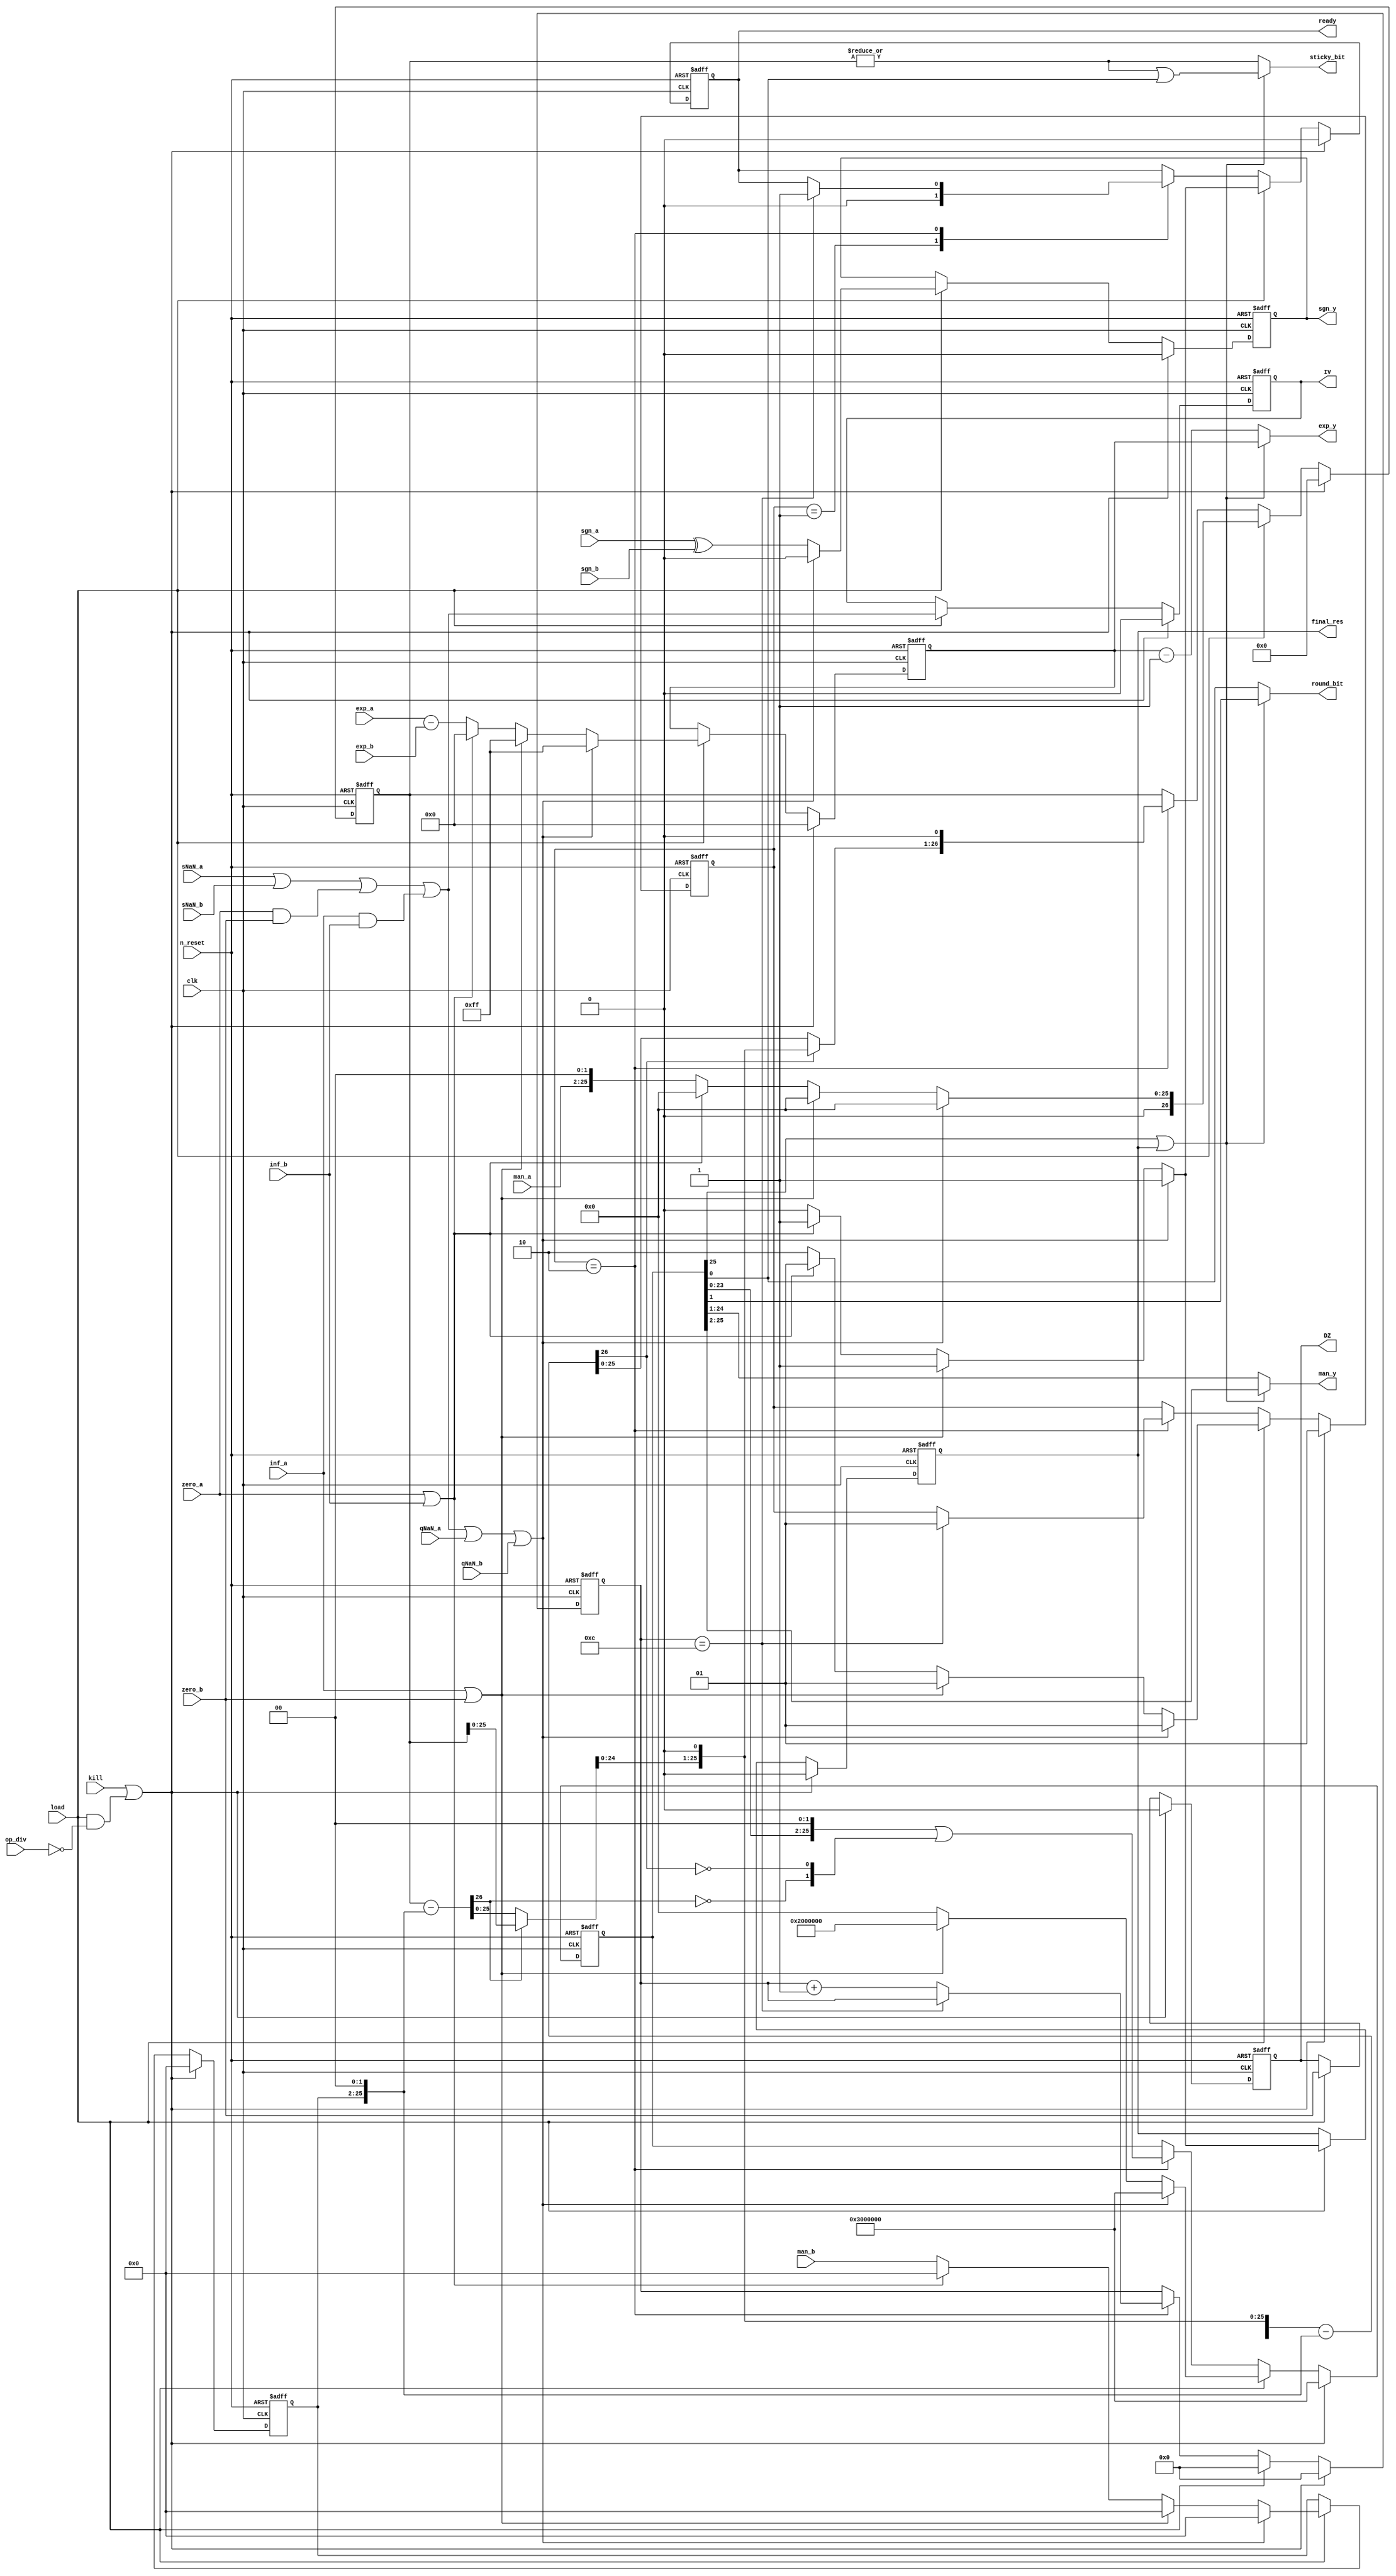
module airi5c_float_divider
(
    input               clk,
    input               n_reset,
    input               kill,
    input               load,

    input               op_div,

    input       [23:0]  man_a,
    input       [9:0]   exp_a,
    input               sgn_a,
    input               zero_a,
    input               inf_a,
    input               sNaN_a,
    input               qNaN_a,

    input       [23:0]  man_b,
    input       [9:0]   exp_b,
    input               sgn_b,
    input               zero_b,
    input               inf_b,
    input               sNaN_b,
    input               qNaN_b,

    output  reg [23:0]  man_y,
    output  reg [9:0]   exp_y,
    output  reg         sgn_y,

    output  reg         round_bit,
    output  reg         sticky_bit,

    output  reg         IV,
    output  reg         DZ,

    output  reg         final_res,
    output  reg         ready
);

    reg     [23:0]  reg_man_b;
    reg     [25:0]  reg_res;
    reg     [26:0]  reg_rem;
    reg     [9:0]   reg_exp_y;
    reg             reg_sgn_y;
    reg     [3:0]   counter;

    wire            IV_int;

    reg     [26:0]  acc [2:0];
    reg     [1:0]   q;
    integer         i;

    reg     [1:0]   state;

    localparam      IDLE    = 2'b01,
                    CALC    = 2'b10;

    assign          IV_int  = sNaN_a || sNaN_b || (zero_a && zero_b) || (inf_a && inf_b);

    always @(*) begin
        if (reg_res[25] || final_res) begin
            sgn_y       = reg_sgn_y;
            exp_y       = reg_exp_y;
            man_y       = reg_res[25:2];
            round_bit   = reg_res[1];
            sticky_bit  = |reg_rem || reg_res[0];
        end

        else begin
            sgn_y       = reg_sgn_y;
            exp_y       = reg_exp_y - 10'd1;
            man_y       = reg_res[24:1];
            round_bit   = reg_res[0];
            sticky_bit  = |reg_rem;
        end
    end

    always @(posedge clk, negedge n_reset) begin
        if (!n_reset) begin
            reg_man_b   <= 24'h000000;
            reg_res     <= {24'hc00000, 2'b00};
            reg_rem     <= 27'h0000000;
            reg_exp_y   <= 10'h000;
            reg_sgn_y   <= 1'b0;
            IV          <= 1'b0;
            DZ          <= 1'b0;
            counter     <= 4'd0;
            final_res   <= 1'b0;
            state       <= IDLE;
            ready       <= 1'b0;
        end
        
        else if (kill || (load && !op_div)) begin
            reg_man_b   <= 24'h000000;
            reg_res     <= {24'hc00000, 2'b00};
            reg_rem     <= 27'h0000000;
            reg_exp_y   <= 10'h000;
            reg_sgn_y   <= 1'b0;
            IV          <= 1'b0;
            DZ          <= 1'b0;
            counter     <= 4'd0;
            final_res   <= 1'b0;
            state       <= IDLE;
            ready       <= 1'b0;
        end

        else if (load) begin
            IV          <= IV_int;
            DZ          <= zero_b;
            counter     <= 4'd0;
            // NaN
            if (IV_int || qNaN_a || qNaN_b) begin
                reg_man_b   <= 24'h000000;
                reg_res     <= {24'hc00000, 2'b00};
                reg_rem     <= 27'h0000000;
                reg_exp_y   <= 10'h0ff;
                reg_sgn_y   <= 1'b0;
                final_res   <= 1'b1;
                state       <= IDLE;
                ready       <= 1'b1;
            end
            // inf
            else if (inf_a || zero_b) begin
                reg_man_b   <= 24'h000000;
                reg_res     <= {24'h800000, 2'b00};
                reg_rem     <= 27'h0000000;
                reg_exp_y   <= 10'h0ff;
                reg_sgn_y   <= sgn_a ^ sgn_b;
                final_res   <= 1'b1;
                state       <= IDLE;
                ready       <= 1'b1;
            end
            // zero
            else if (zero_a || inf_b) begin
                reg_man_b   <= 24'h000000;
                reg_res     <= {24'h000000, 2'b00};
                reg_rem     <= 27'h0000000;
                reg_exp_y   <= 10'h000;
                reg_sgn_y   <= sgn_a ^ sgn_b;
                final_res   <= 1'b1;
                state       <= IDLE;
                ready       <= 1'b1;
            end

            else begin
                reg_man_b   <= man_b;
                reg_res     <= 26'd0;
                reg_rem     <= {1'b0, man_a, 2'b00};
                reg_exp_y   <= exp_a - exp_b;
                reg_sgn_y   <= sgn_a ^ sgn_b;
                final_res   <= 1'b0;
                state       <= CALC;
                ready       <= 1'b0;
            end
        end

        else case (state)
            IDLE:   ready   <= 1'b0;

            CALC:   begin
                        reg_res     <= (reg_res << 2) | q;
                        reg_rem     <= acc[2];

                        if (counter == 4'd12) begin
                            state   <= IDLE;
                            ready   <= 1'b1;
                        end

                        else
                            counter <= counter + 4'd1;
                    end
        endcase
    end

    always @(*) begin
        acc[0]  = reg_rem;

        for (i = 1; i <= 2; i = i+1) begin
            acc[i]  = acc[i-1] - {1'b0, reg_man_b, 2'b00};
            q[2-i]  = !acc[i][26];
            acc[i]  = (acc[i][26] ? acc[i-1] : acc[i]) << 1;
        end
    end

endmodule